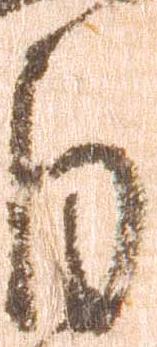
自